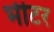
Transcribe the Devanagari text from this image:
भीटर